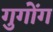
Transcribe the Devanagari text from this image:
गुगोंग